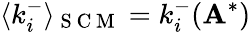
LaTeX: \langle k_{i}^{-}\rangle_{\mathrm{~S~C~M~}}=k_{i}^{-}(\mathbf{A}^{*})